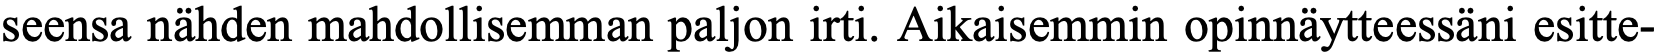
seensa nähden mahdollisemman paljon irti. Aikaisemmin opinnäytteessäni esitte-